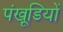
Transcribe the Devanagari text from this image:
पंखूडि़यों